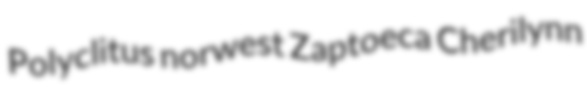
Polyclitus norwest Zaptoeca Cherilynn